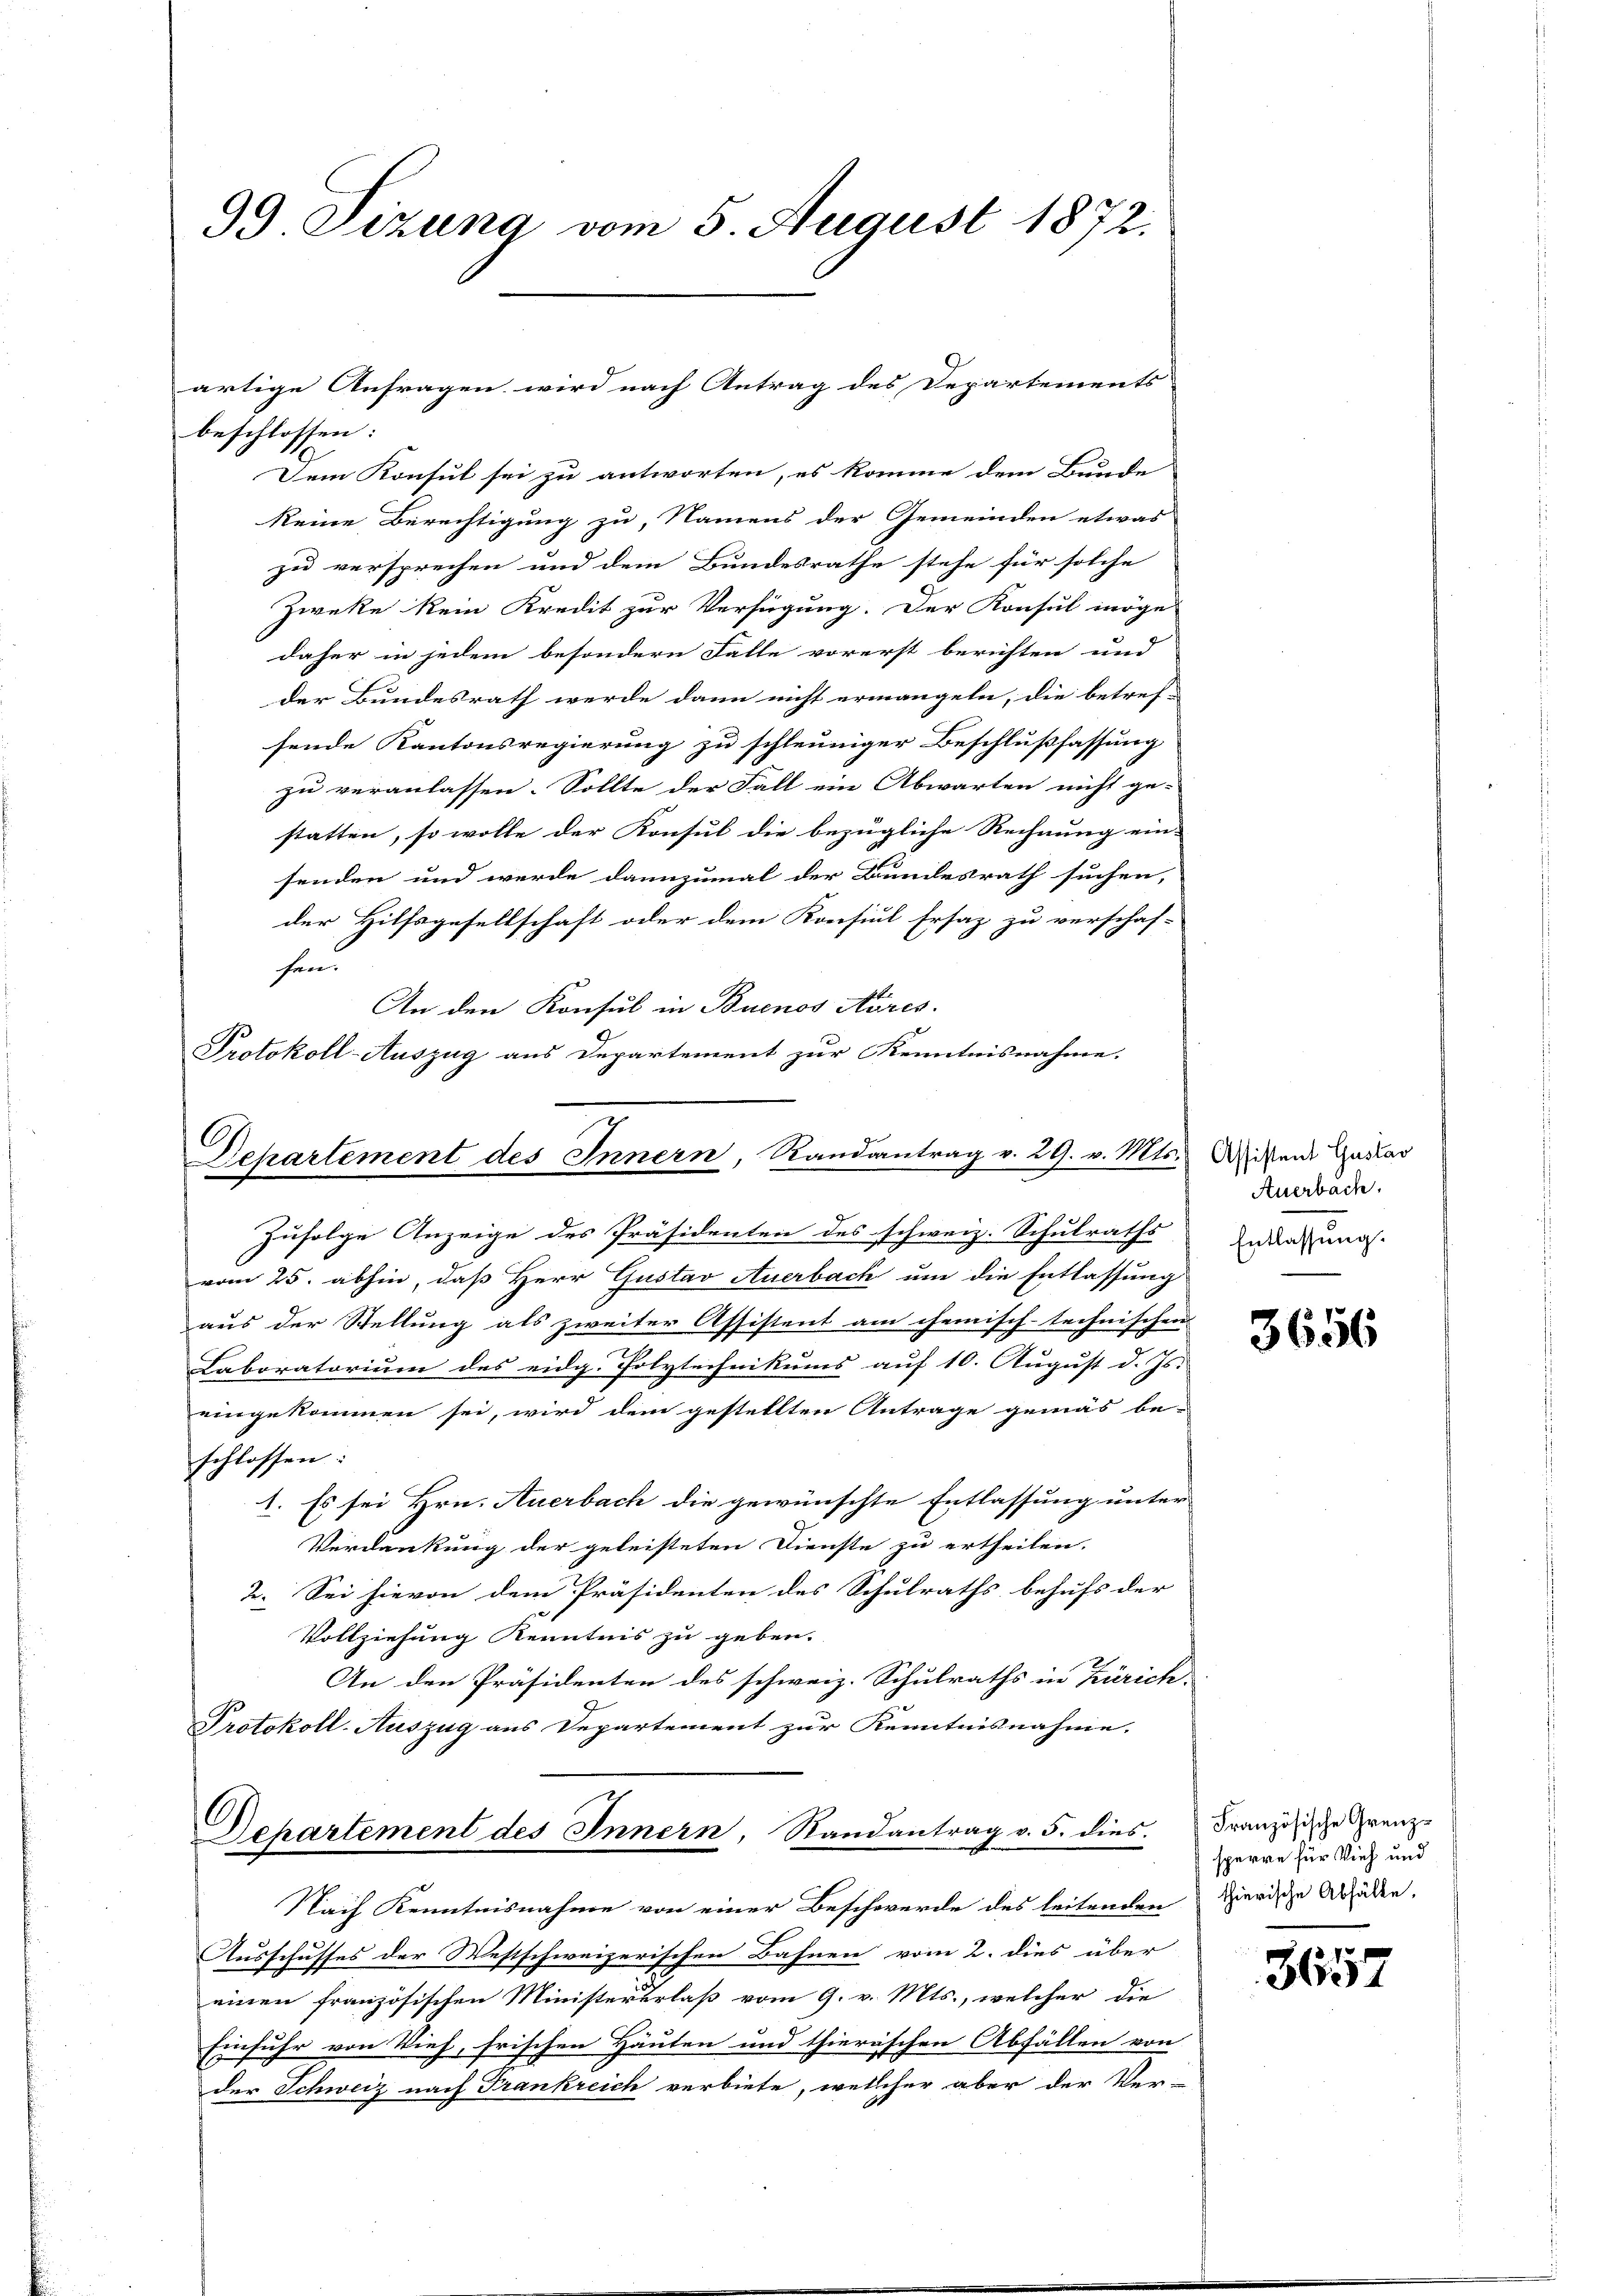
99 Sizung vom 5. August 1872.

beschlossen:
Dem Konsul sei zu antworten, es komme dem Bunde
keine Berechtigung zu, Namens der Gemeinden etwas
zu versprechen und dem Bundesrathe stehe für solche
Zweke kein Kredit zur Verfügung. Der Konsul möge
daher in jedem besondern Falle vorerst berichten und
der Bundesrath werde dann nicht ermangeln, die betref-
sende Kantonsregierung zu schleuniger Beschlußfassung
zu veranlassen. Sollte der Fall ein Abwarten nicht ge-
statten, so wolle der Konsul die bezügliche Rechnung ein-
senden und werde dannzumal der Bundesrath suchen,
der Hilfsgesellschaft oder dem Konsul Ersaz zu verschaf-
hen.
An den Konsul in Buenos Aires.
Protokoll-Auszug aus Departement zur Kenntnisnahme.

artige Anfragen wird nach Antrag des Departements

6
Departement des Innern, Randantrag v. 29. v. Mts.
Zufolge Anzeige des Präsidenten des schweiz. Schulraths

vom 25. abhin, daß Herr Gustav Auerbach um die Entlassung
aus der Stellung als zweiter Assistent am chemisch-technischen |
Laboratorium des eidg. Polytechnikums auf 10. August d. Js.
eingekommen sei, wird dem gestellten Antrage gemäs be-
schlossen:
1. Es sei Hrn. Auerbach die gewünschte Entlassung unter
Verdankung der geleisteten Dienste zu ertheilen.
2. Sei hievon dem Präsidenten des Schulraths behufs der
Vollziehung Kenntnis zu geben.
An den Präsidenten des schweiz. Schulraths in Zürich
Protokoll-Auszug aus Departement zur Kenntnisnahme.
Departement des Innern, Randantrag v. 5. dies
Nach Kenntnisnahme von einer Beschwerde des leitenden
Ausschusses der Westschweizerischen Bahnen vom 2. dies über
einen französischen Ministererlaß vom 9. v. Mts., welcher die
Einfuhr von Vieh, frischen Häuten und thierischen Abfällen von
der Schweiz nach Frankreich verbiete, welcher aber der Ver-

Assistent Gustav
Auerbach.
Entlassung.

3656

Französische Grenzsperre für Vieh und
thierische Abhälte.

3657